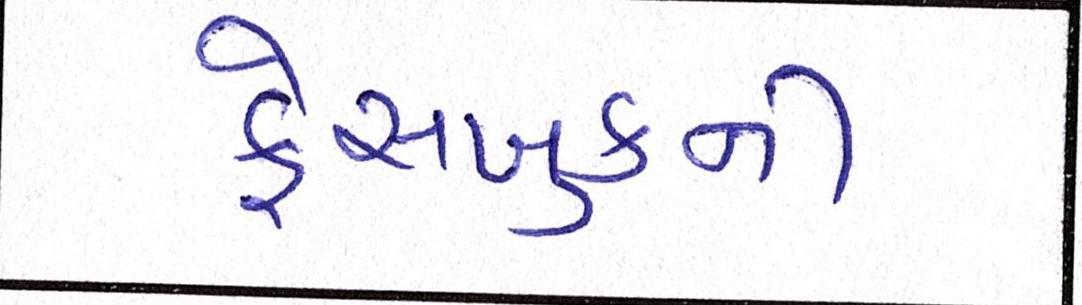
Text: ફેસબુકની